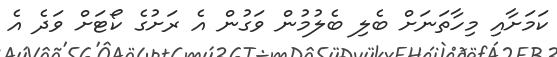
ކަމަށާއި މިހާތަނަށް ބެލި ބެލުމުން ވަގުން އެ ރަށުގެ ކޯޓަށް ވަދެ އެ